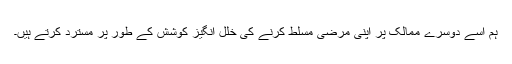
ہم اسے دوسرے ممالک پر اپنی مرضی مسلط کرنے کی خلل انگیز کوشش کے طور پر مسترد کرتے ہیں۔